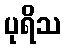
ပုရိသ